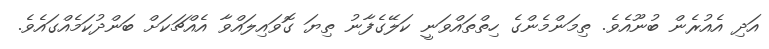
އަދި އެއުރެން ބުނޫއެވެ. ތިމަންމެންގެ ހިތްތައްވަނީ ކަލޭގެފާނު ތިޔަ ގޮވައިލައްވާ އެއްޗަކަށް ބަންދުކަމެއްގައެވެ.